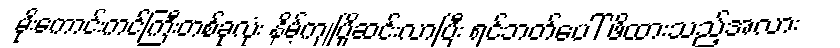
မိုးကောင်းကင်ကြီးတစ်ခုလုံး နိမ့်ကျပြိုဆင်းလာပြီး ရင်ဘတ်ပေါ် ဖိထားသည့်အလား